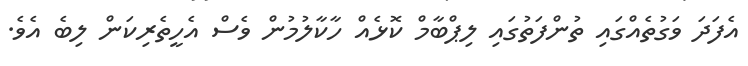
އެފަދަ ވަގުތެއްގައި ތުންފަތުގައި ލިޕްބާމް ކޮޅެއް ހާކާލުމުން ވެސް އެހީތެރިކަން ލިބެ އެވެ.